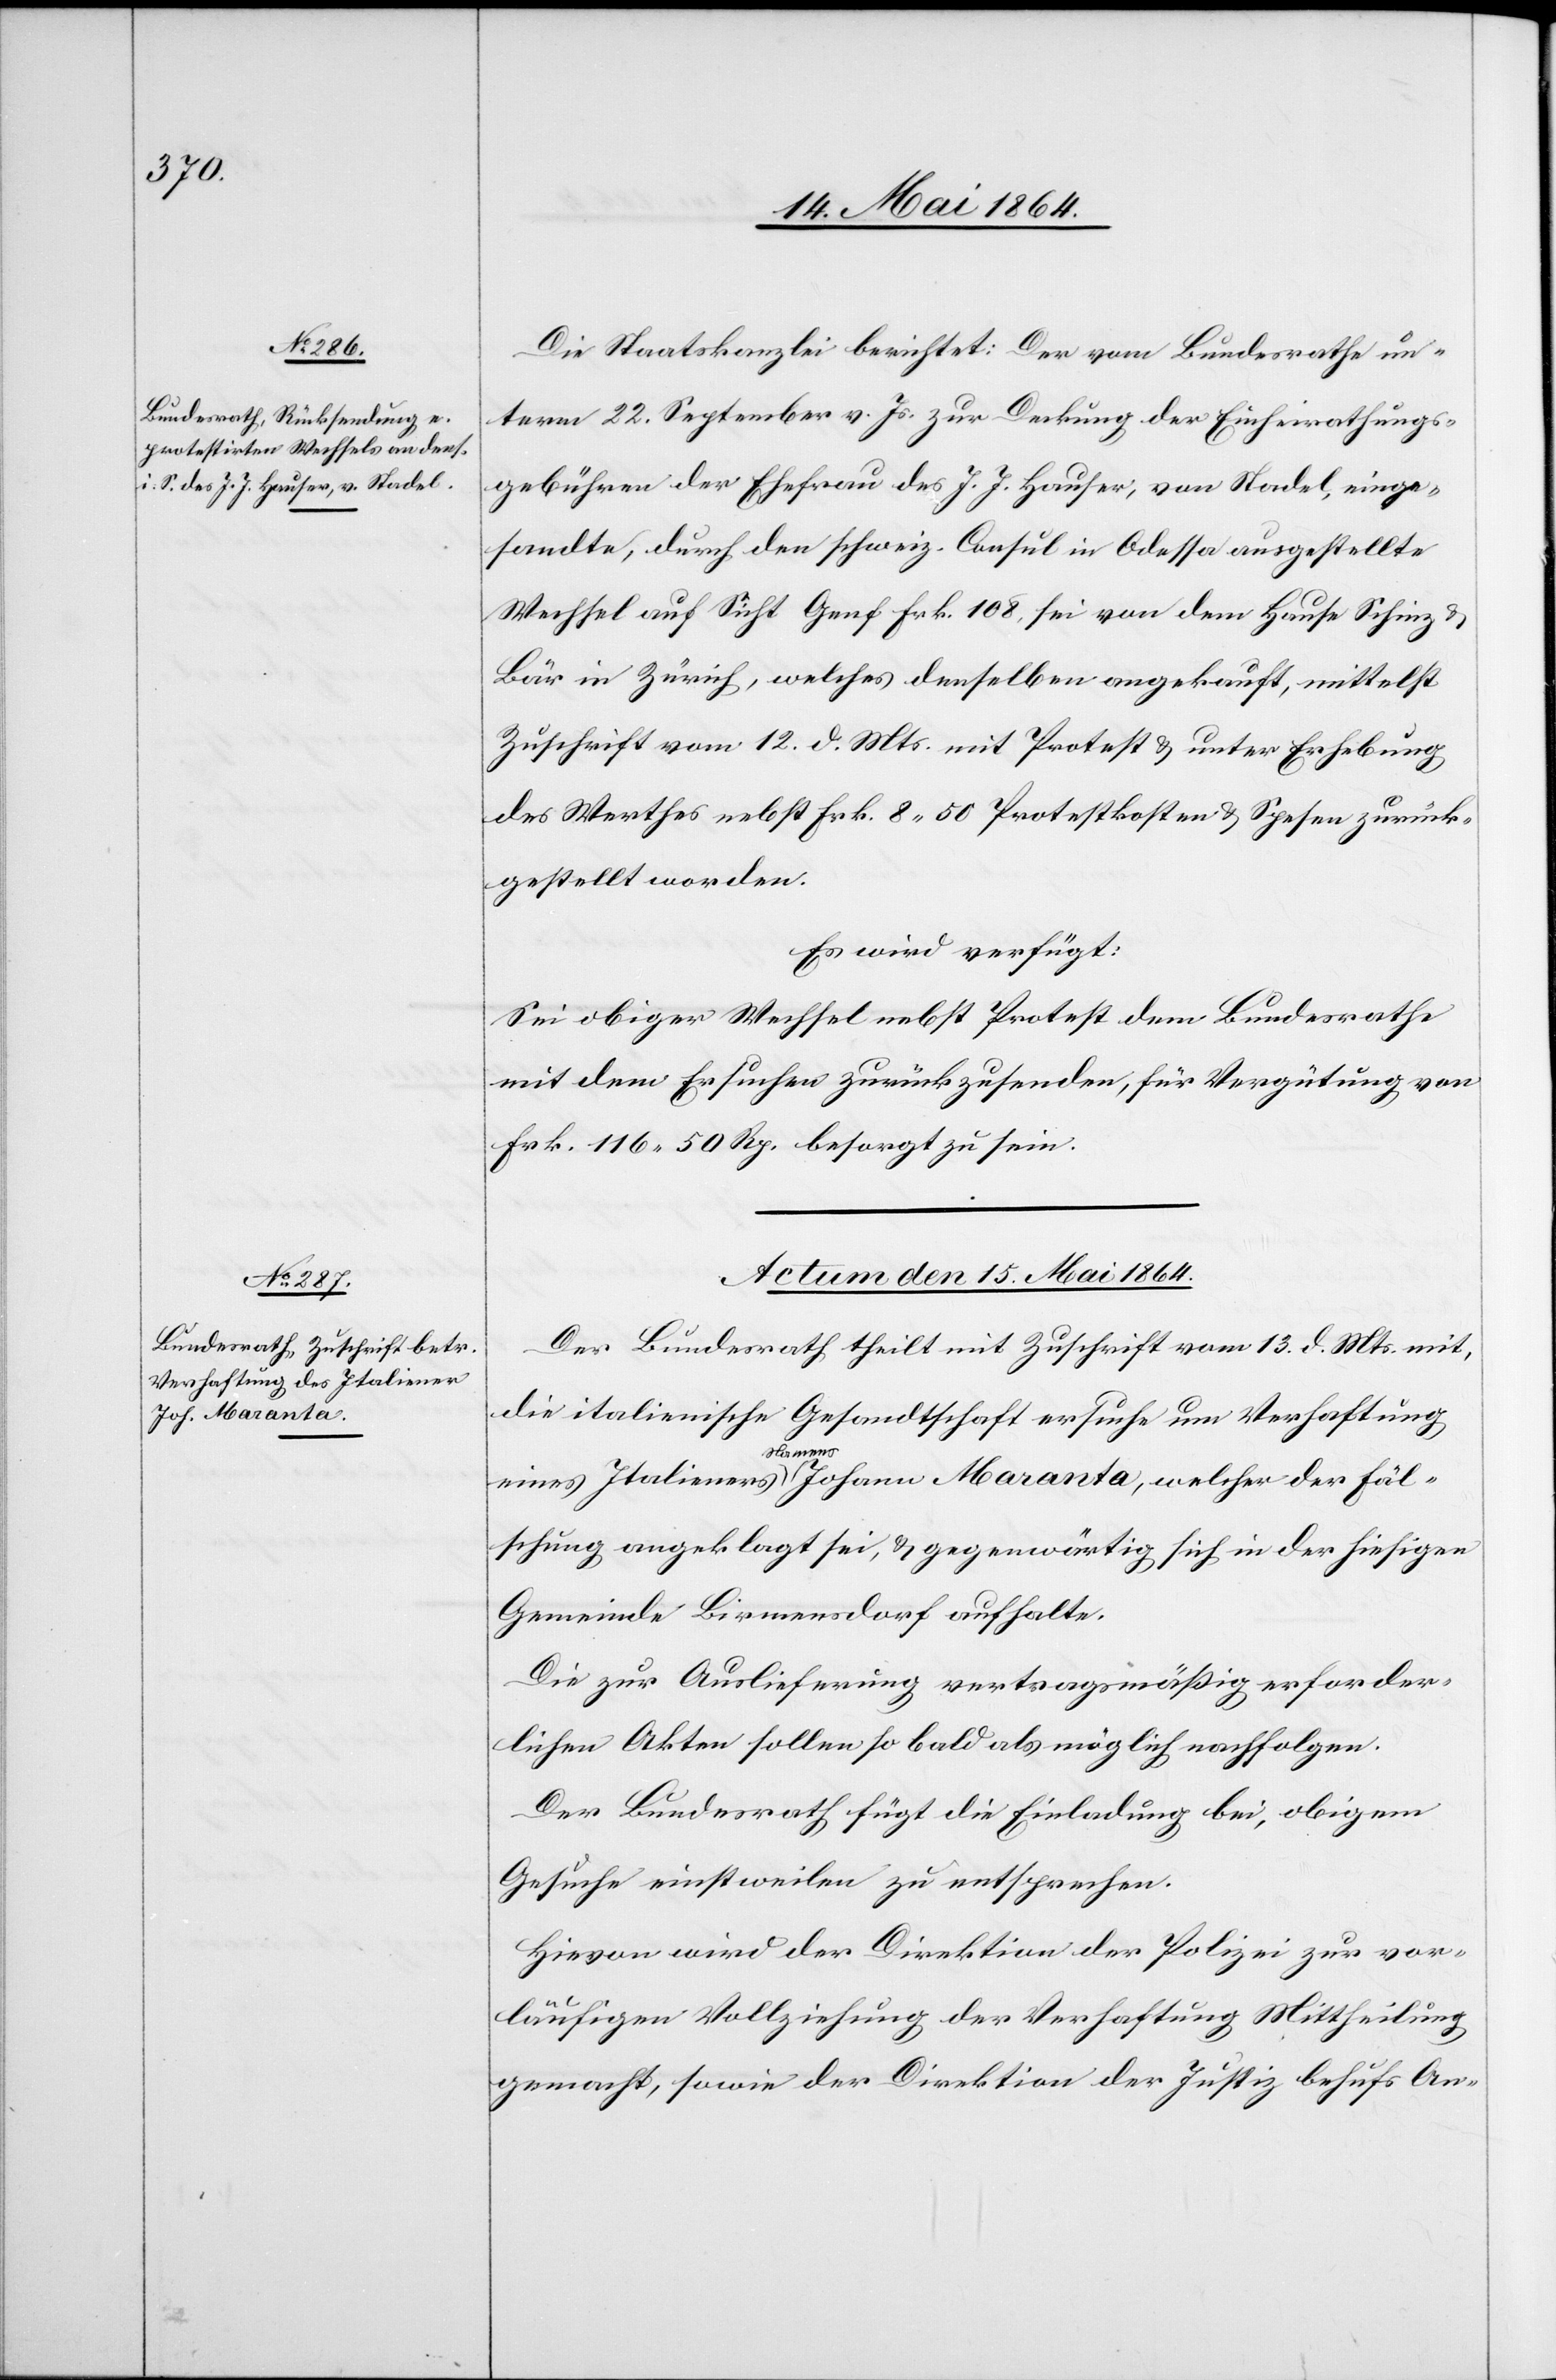
14. Mai 1864.]
Die Staatskanzlei berichtet: Der vom Bundesrathe un¬
term 22. September v. Js. zur Deckung der Einheirathungs¬
gebühren der Ehefrau des J. J. Hauser, von Stadel, einge¬
sandte, durch den schweiz. Consul in Odessa ausgestellte
Wechsel auf Sicht Genf Frk. 108, sei von dem Hause Schinz &
Bär in Zürich, welches denselben angekauft, mittelst
Zuschrift vom 12. d. Mts. mit Prostest u. unter Erhebung
des Werthes nebst Frk. 8 50 Protestkosten u. Spesen zurück¬
gestellt worden.
Es wird verfügt:
Sei obiger Wechsel nebst Protest dem Bundesrathe
mit dem Ersuchen zurückzusenden, für Vergütung von
Frk. 116 50 Rp. besorgt zu sein.
Actum den 14. Mai 1864.
Der Bundesrath theilt mit Zuschrift vom 13. d. Mts. mit,
die italienische Gesandtschaft ersuche um Verhaftung
den
eines Italieners Namens Johann Maranta, welcher der Fäl¬
schung angeklagt sei, u. gegenwärtig sich in der hiesigen
Gemeinde Birmensdorf aufhalte.
Die zur Auslieferung vertragsmäßig erforder¬
lichen Akten sollen so bald als möglich nachfolgen.
Der Bundesrath fügt die Einladung bei, obigem
Gesuche einstweilen zu entsprechen.
Hievon wird der Direktion der Polizei zur vor¬
läufigen Vollziehung der Verhaftung Mittheilung
gemacht, sowie der Direktion der Justiz behufs An-